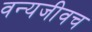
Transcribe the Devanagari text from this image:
वन्यजीवच